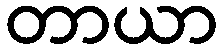
တာယာ